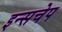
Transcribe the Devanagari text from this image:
इन्सचेप